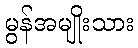
မွန်အမျိုးသား